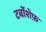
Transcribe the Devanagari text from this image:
टर्बोशेफ़